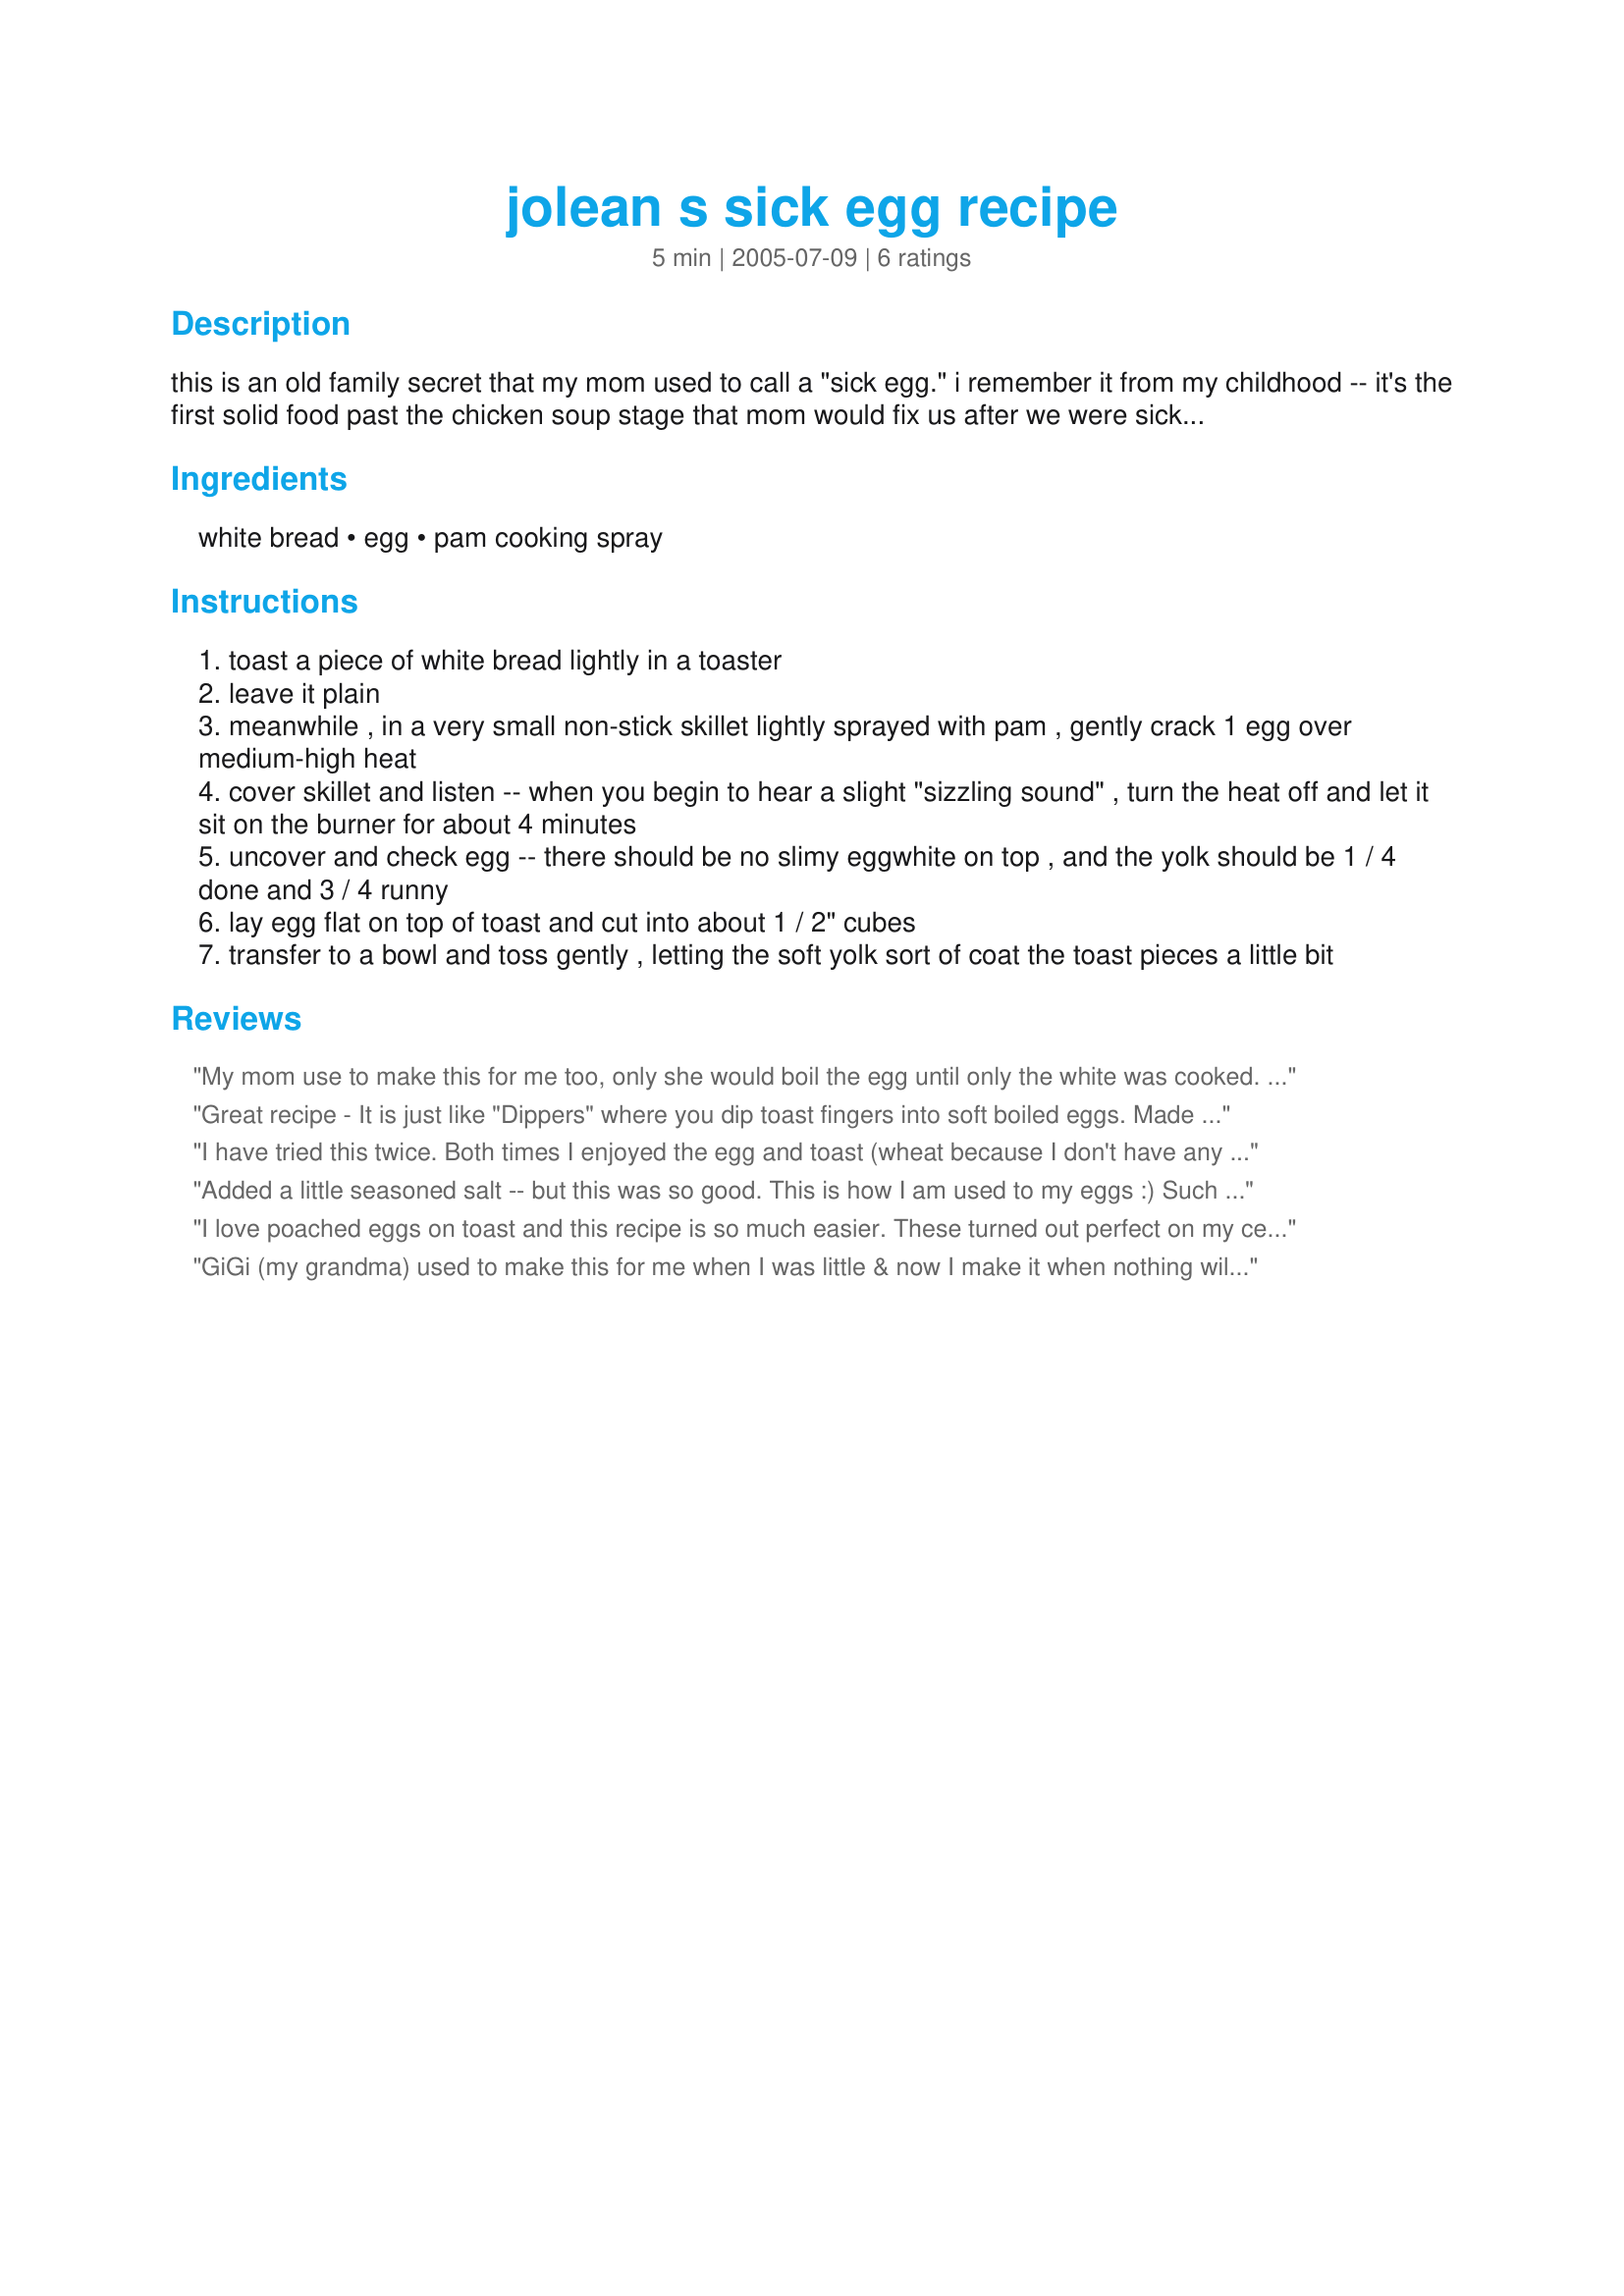
jolean s sick egg recipe
Preparation time: 5 minutes

this is an old family secret that my mom used to call a "sick egg." i remember it from my childhood -- it's the first solid food past the chicken soup stage that mom would fix us after we were sick with the flu, when we were starting to get hungry but still afraid to eat because of nausea...hence, the name "sick egg." note: this will only make you feel better if you like eggs to begin with...i'm pretty sure it would make things worse if you don't like them!!!

Ingredients:
white bread, egg, pam cooking spray

Steps:
toast a piece of white bread lightly in a toaster
leave it plain
meanwhile , in a very small non-stick skillet lightly sprayed with pam , gently crack 1 egg over medium-high heat
cover skillet and listen -- when you begin to hear a slight "sizzling sound" , turn the heat off and let it sit on the burner for about 4 minutes
uncover and check egg -- there should be no slimy eggwhite on top , and the yolk should be 1 / 4 done and 3 / 4 runny
lay egg flat on top of toast and cut into about 1 / 2" cubes
transfer to a bowl and toss gently , letting the soft yolk sort of coat the toast pieces a little bit

Reviews:
My mom use to make this for me too, only she would boil the egg until only the white was cooked. (To do this, you bring the water to a boil with the egg in it...turn off the burner put the lid on the pot and let the egg sit for exactly 3 minutes) She would cut up the toast in little crouton size pieces and toss it with the cut up egg together. It is a good bland food for sickies, but Yummy!
Great recipe - It is just like "Dippers" where you dip toast fingers into soft boiled eggs. Made a lovely Sunday Brunch along with stir fry peppers, taters & mushrooms
I have tried this twice. Both times I enjoyed the egg and toast (wheat because I don't have any white in the house) but I could never get it to not have a slimey top and for the yolk to be as was described. The first time I heated the pan so it started to sizzle as soon as I put the egg in. So the second time I turned on the burner but kept the pan away until the egg was in. I turned off the burner as soon as it sizzled, but I left it on the burner as directed. Both eggs had slimey covers. Sorry. I enjoyed my breakfast both days though!
Added a little seasoned salt -- but this was so good. This is how I am used to my eggs :) Such a comfort food! Made in memory of Stacy. She will be missed.
I love poached eggs on toast and this recipe is so much easier. These turned out perfect on my ceramic stove top. I cooked on level 6 and they only had to set for about 2 minutes and they were done to perfection.
Made in memory of Stacy. You will be missed my friend.
GiGi (my grandma) used to make this for me when I was little & now I make it when nothing will go well on my tummy. (all the time) Often, I will poach the egg in milk & pour some of the warm milk over the toast as well - -salt & pepper too.
